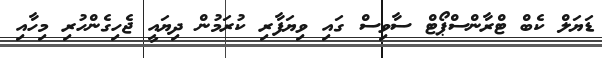
ޑަޔަލް ކެބް ޓްރާންސްޕޯޓް ސާވިސް ގައި ވިޔަފާރި ކުރަމުން ދިޔައީ ޖެހިގެންހުރި މިހާއި